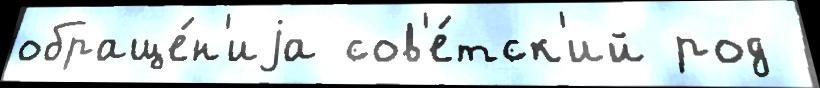
обраще́н'иjа сов'е́тск'ий род